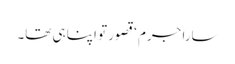
سارا جرم ‘ قصور تو اپنا ہی تھا۔